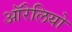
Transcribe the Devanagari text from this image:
ऑरेलियो